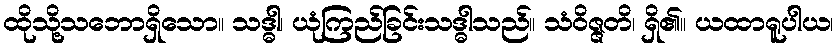
ထိုသို့သဘောရှိသော။ သဒ္ဓါ၊ ယုံကြည်ခြင်းသဒ္ဓါသည်။ သံဝိဇ္ဇတိ၊ ရှိ၏။ ယထာရူပါယ၊